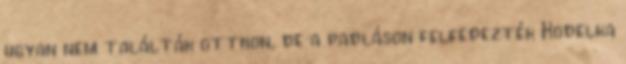
ugyan nem találták otthon, de a padláson felfedezték Kodelka